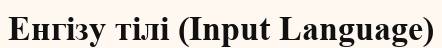
Енгізу тілі (Input Language)